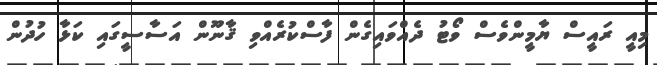
މިއީ ރައީސް ޔާމީންވެސް ވޯޓު ދެއްވައިގެން ފާސްކުރެއްވި ޤާނޫން އަސާސީގައި ކަޅާ ހުދުން